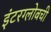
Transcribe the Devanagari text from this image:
इंटरग्लोबची